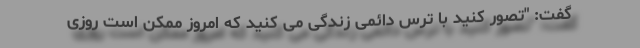
گفت: "تصور کنید با ترس دائمی زندگی می کنید که امروز ممکن است روزی